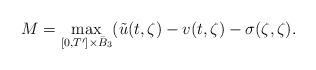
LaTeX: \begin{align*} M = \max_{[0,T'] \times \bar B_3} (\tilde u (t,\zeta) - v(t,\zeta) - \sigma (\zeta,\zeta).\end{align*}